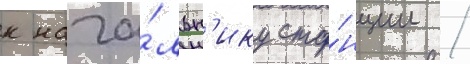
к нача́льн'ику ста́нции /